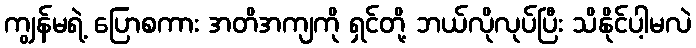
ကျွန်မရဲ့ ပြောစကား အတိအကျကို ရှင်တို့ ဘယ်လိုလုပ်ပြီး သိနိုင်ပါ့မလဲ